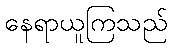
နေရာယူကြသည်